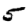
Digit: 5